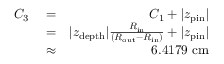
\begin{array} { r l r } { C _ { 3 } } & { { } = } & { C _ { 1 } + \vert z _ { \mathrm { p i n } } \vert } \\ { \ } & { { } = } & { \vert z _ { \mathrm { d e p t h } } \vert \frac { R _ { \mathrm { i n } } } { \left( R _ { \mathrm { o u t } } - R _ { \mathrm { i n } } \right) } + \vert z _ { \mathrm { p i n } } \vert } \\ { \ } & { { } \approx } & { 6 . 4 1 7 9 \ \mathrm { c m } } \end{array}